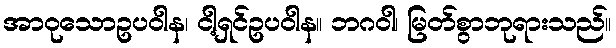
အာဝုသောဥပဝါန၊ ငါ့ရှင်ဥပဝါန။ ဘဂဝါ၊ မြတ်စွာဘုရားသည်။